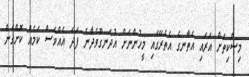
މިސްކިތަށް އަރައި އެތާނގެ އެތެރޭގައި މީހުންނަށް އުދަނގޫވެދާނެ ފަދަ އެއްވެސް ކަމެއް ކޮށްގެން